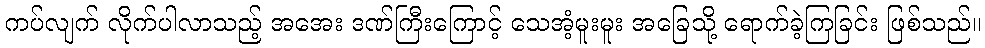
ကပ်လျက် လိုက်ပါလာသည့် အအေး ဒဏ်ကြီးကြောင့် သေအံ့မူးမူး အခြေသို့ ရောက်ခဲ့ကြခြင်း ဖြစ်သည်။